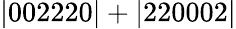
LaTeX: \mathrm{|002220|+|220002|}